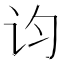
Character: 𬣝